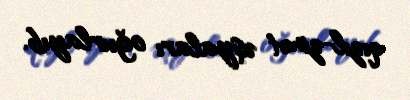
qızıl-zinət əşyaları oğurlayıb.